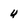
Character: u